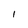
Character: 1